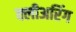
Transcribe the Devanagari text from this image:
क्लीअरिंग